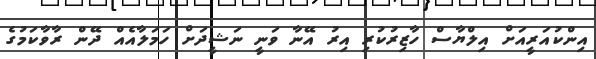
އިންކުއަރީއަށް އިލްޔާސް ހާޒިރުކުރި އިރު އޭނާ ވަނީ ނަޝީދަށް ހަމަލާއެއް ދޭން ރާވާކަމުގެ